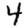
Digit: 4